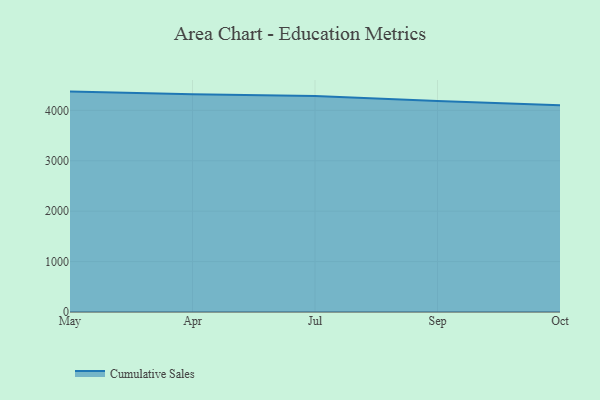
{"axis": {"x": "Month", "y": "Website Visitors"}, "legend": ["Cumulative Sales"], "data": [{"x": "May", "y": 4372.3, "type": "Cumulative Sales"}, {"x": "Apr", "y": 4320.9, "type": "Cumulative Sales"}, {"x": "Jul", "y": 4285.6, "type": "Cumulative Sales"}, {"x": "Sep", "y": 4184.6, "type": "Cumulative Sales"}, {"x": "Oct", "y": 4101.9, "type": "Cumulative Sales"}]}